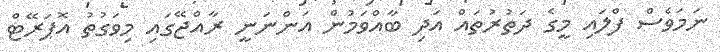
ނަމަވެސް ފްލައި މީގެ ދަތުރުތައް އަދި ބާއްވަމުން އަންނަނީ ރާއްޖޭގައި މިވަގުތު އޮޕަރޭޓް